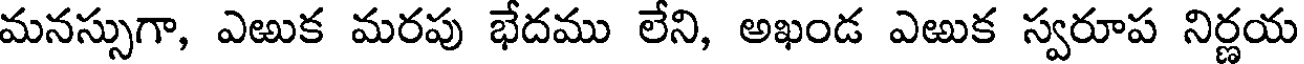
మనస్సుగా, ఎఱుక మరపు భేదము లేని, అఖండ ఎఱుక స్వరూప నిర్ణయ